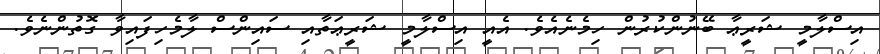
އިސްލާމީ ޝަރީޢާ ބޭނުންކުރުން ހިމެނެއެވެ. އެއީ އިސްލާމީ ޝަރީޢަތާއި ސައިންސް ލާމެހިފައިވާ ގޮތުންނެވެ.